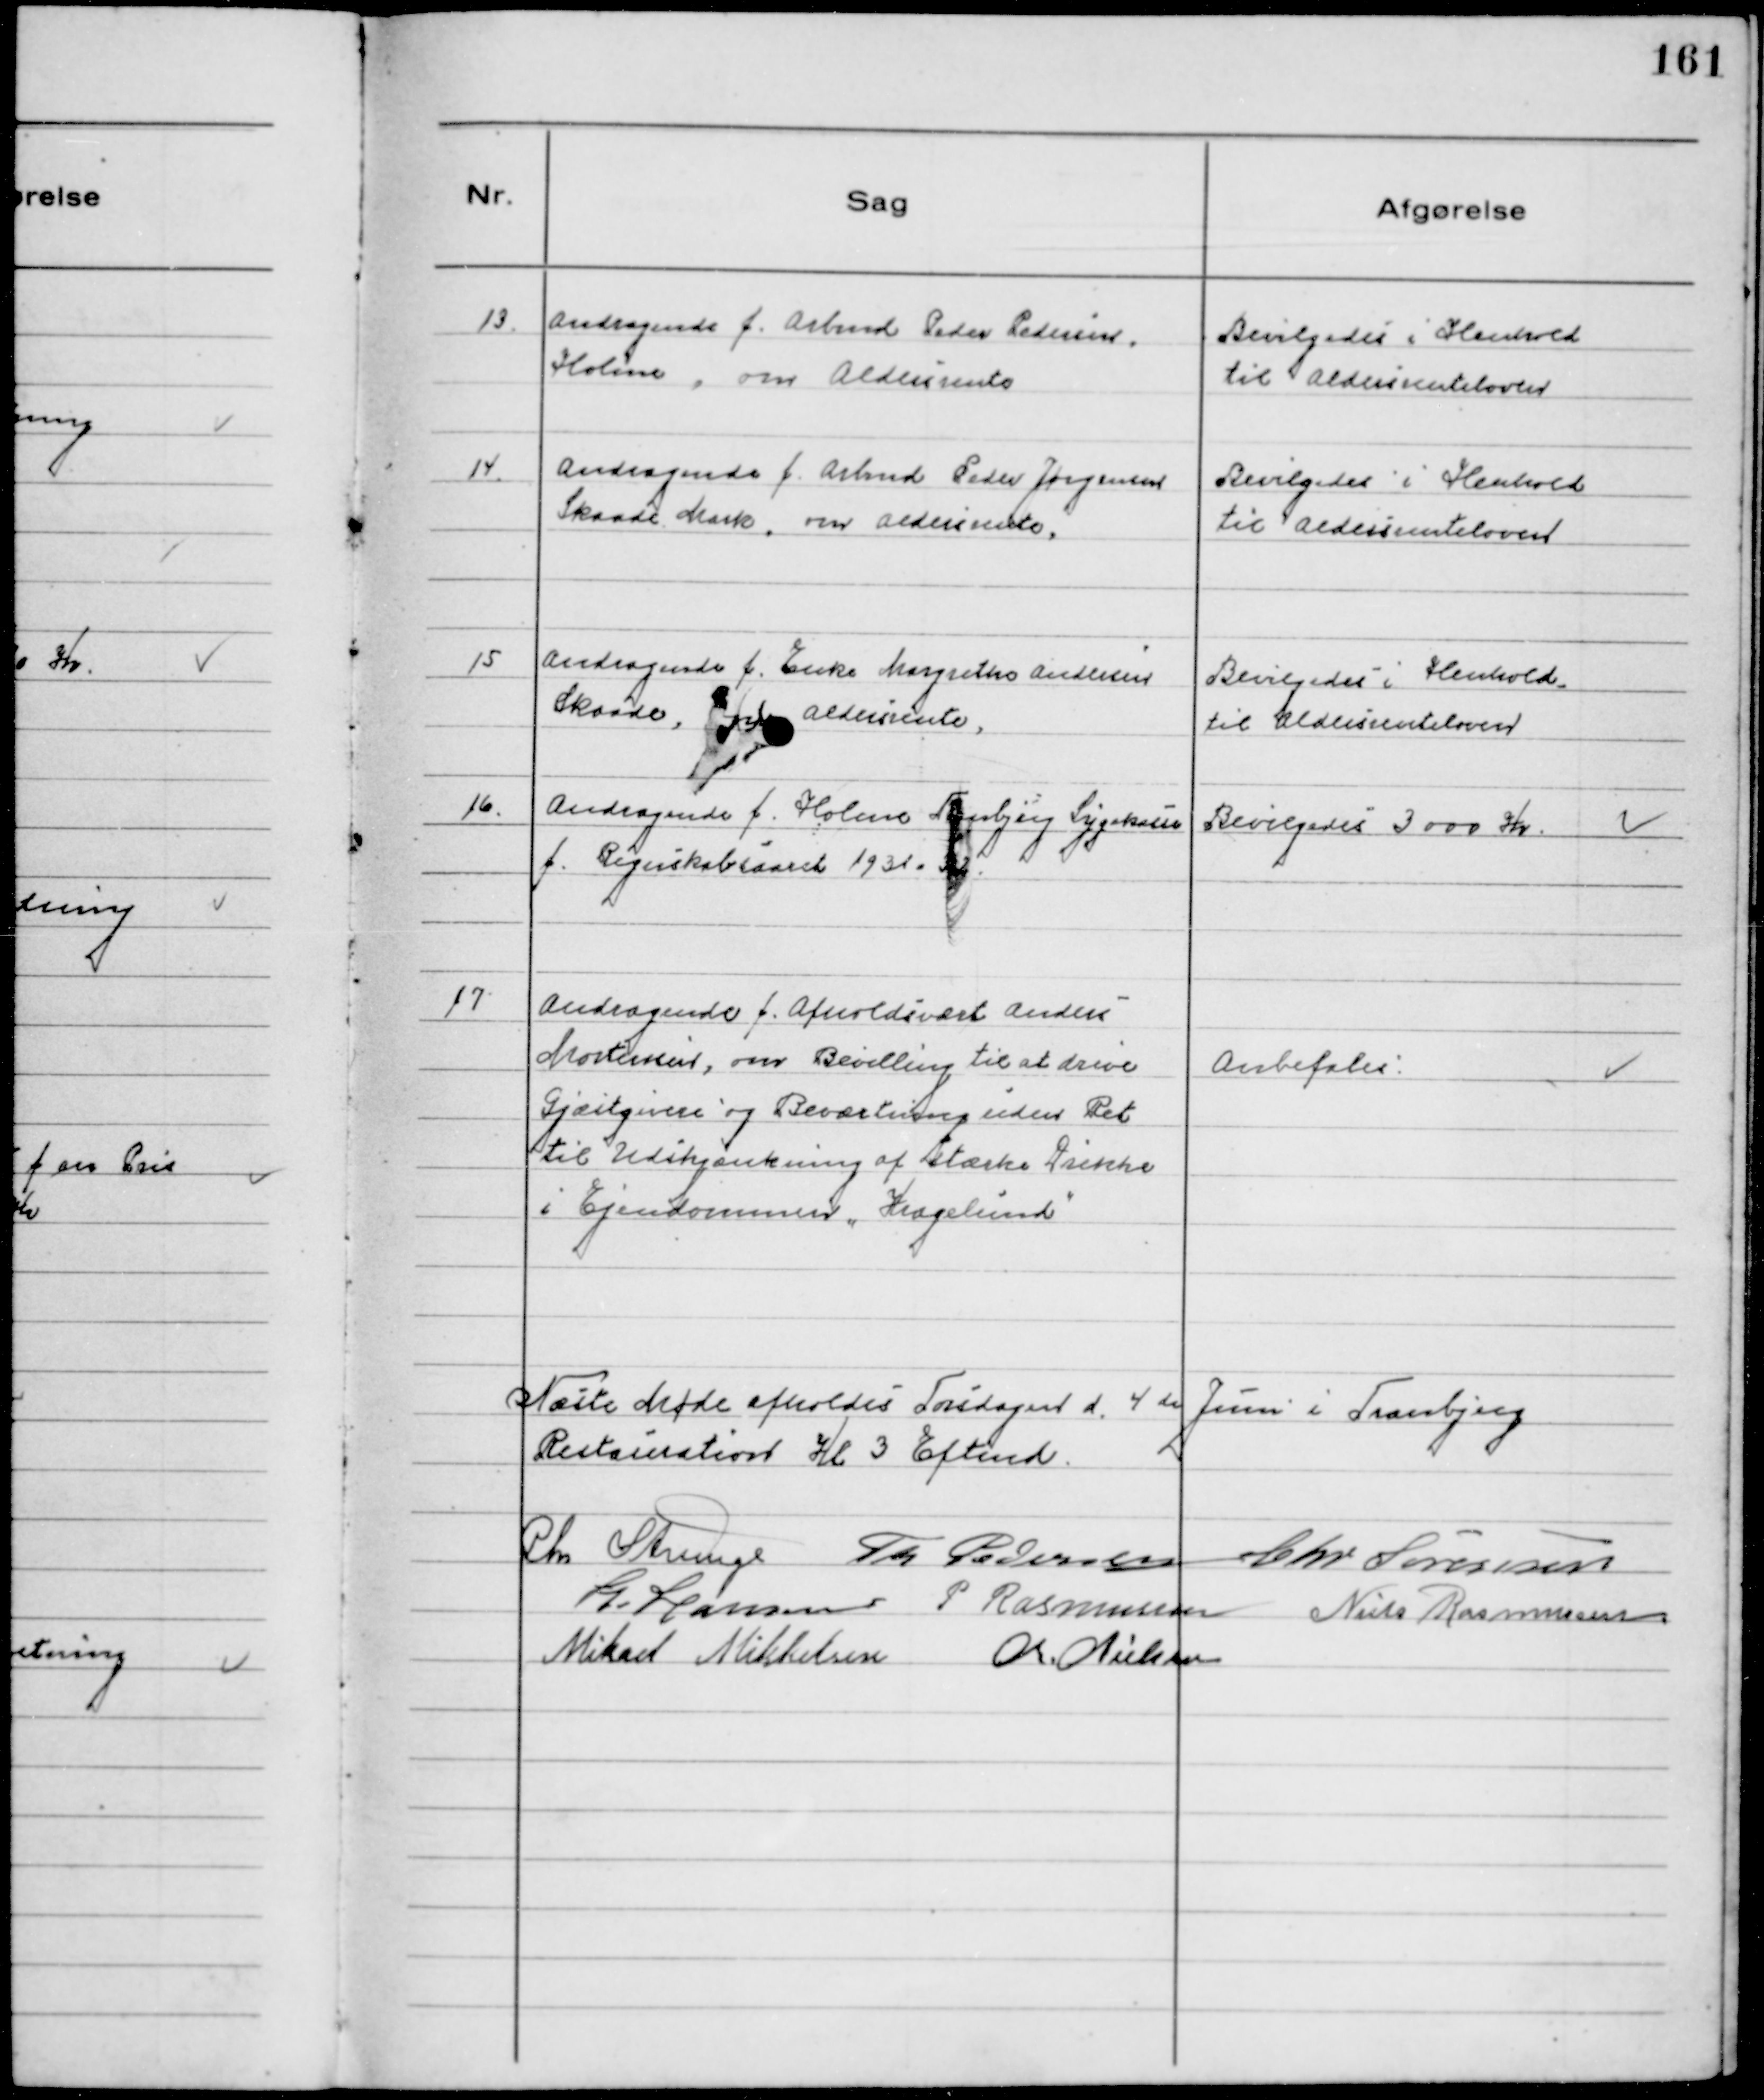
Transskription:
13.
Andragende f. Arbmd Peder Pedersen
Holme, om Aldersrente

Bevilgedes i Henhold
til Aldersrenteloven

14
Andragende f. Arbmd Peder Jørgensen
Skaade Mark, om Aldersrente.

Bevilgedes i Henhold
til Aldersrenteloven

15
Andragende f. Enke Margrethe Andersen
Skaade, om Aldersrente,

Bevilgedes i Henhold
til Aldersrenteloven

16.
Andragende f. Holme Tranbjerg Sygekasse
f. Regnskabsaaret 1931-32.

Bevilgedes 3000 Kr.

17
Andragende f. Afholdsvært Anders
Mortensen, om Bevilling til at drive
Gæstgiveri og Beværtning uden Ret
til Udskjænkning af stærke Drikke
i Ejendommen "Kragelund"

Anbefales

Næste Møde afholdes Torsdagen d. 4de Juni i Tranbjerg
Restauration Kl 3 Eftmd.
Chr Strunge Th Pedersen Chr Sørensen
H. Hansen P Rasmussen Niels Rasmussen
Mikael Mikkelsen
Chr. Nielsen